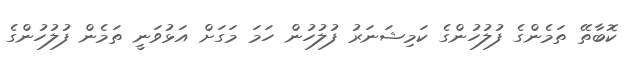
ކޮބާތޭ ތަމެންގެ ފުލުހުންގެ ކަމިޝަނަރު ފުލުހުން ހަމަ މަގަށް އަޅުވަނީ ތަމެން ފުލުހުންގެ